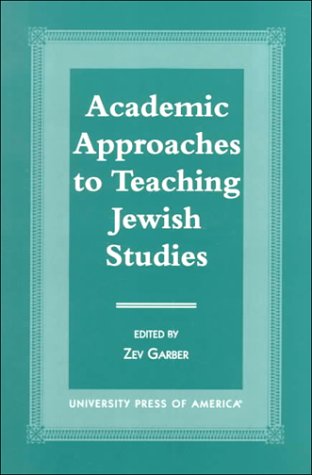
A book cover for Academic Approaches to Teaching Jewish Studies; Zev Garber; Religion & Spirituality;